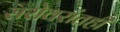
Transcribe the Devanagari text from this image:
सरोवरांतही